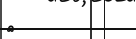
٦